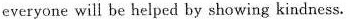
everyone will be helped by showing kindness.